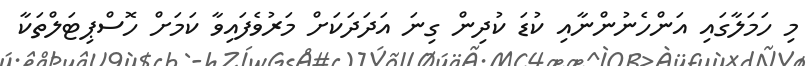
މި ހަމަލާގައި އަންހެނުންނާއި ކުޑަ ކުދިން ގިނަ އަދަދަކަށް މަރުވެފައިވާ ކަމަށް ހޮސްޕިޓަލްތަކާ